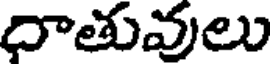
దాతువులు